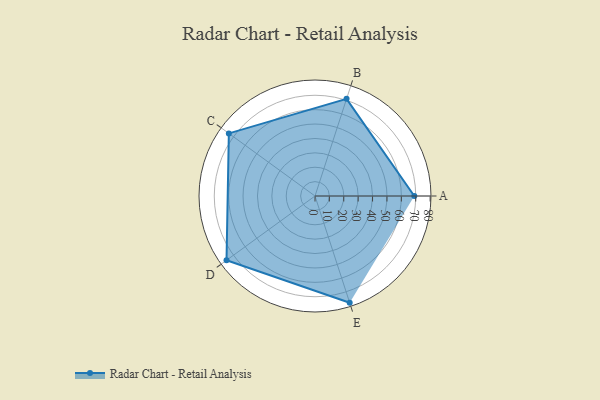
{"axis": {"x": "Skill", "y": "Score"}, "legend": ["Profile"], "data": [{"x": "A", "y": 69.0, "type": "Profile"}, {"x": "B", "y": 71.0, "type": "Profile"}, {"x": "C", "y": 74.0, "type": "Profile"}, {"x": "D", "y": 76.0, "type": "Profile"}, {"x": "E", "y": 78.0, "type": "Profile"}]}